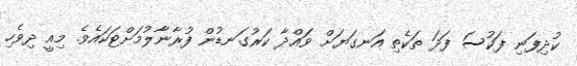
ކުދިފަނި ފަކުސަ ފަދަ ތަކެތި އަނގަޔަށް ވައްދާ ކަރުގަނޑުން ފުރާނާލުމަށްޓަކައެވެ. މިއީ ދިވެހި